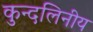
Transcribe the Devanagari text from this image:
कुन्दलिनीय